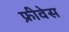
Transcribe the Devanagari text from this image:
फ्रीवेस